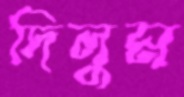
দিলুম